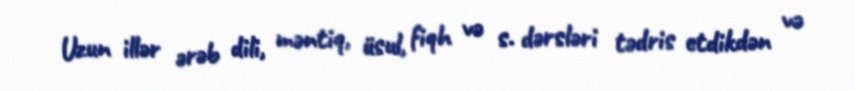
Uzun illər ərəb dili, məntiq, üsul, fiqh və s. dərsləri tədris etdikdən və